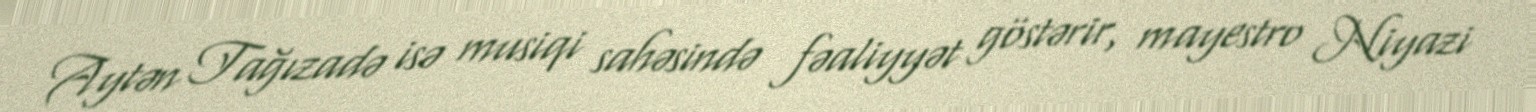
Aytən Tağızadə isə musiqi sahəsində fəaliyyət göstərir, mayestro Niyazi